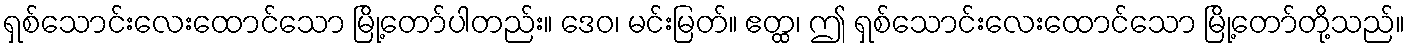
ရှစ်သောင်းလေးထောင်သော မြို့တော်ပါတည်း။ ဒေဝ၊ မင်းမြတ်။ ဧတ္ထ၊ ဤ ရှစ်သောင်းလေးထောင်သော မြို့တော်တို့သည်။